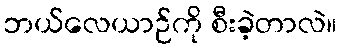
ဘယ်လေယာဉ်ကို စီးခဲ့တာလဲ။